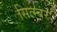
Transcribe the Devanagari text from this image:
सित्म्बर